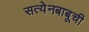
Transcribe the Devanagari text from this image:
सत्येनबाबूची